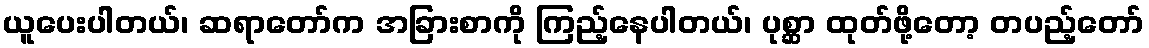
ယူပေးပါတယ်၊ ဆရာတော်က အခြားစာကို ကြည့်နေပါတယ်၊ ပုစ္ဆာ ထုတ်ဖို့တော့ တပည့်တော်